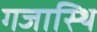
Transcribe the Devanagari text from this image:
गजास्थि